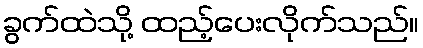
ခွက်ထဲသို့ ထည့်ပေးလိုက်သည်။